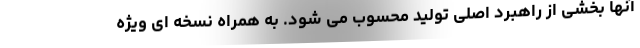
آنها بخشی از راهبرد اصلی تولید محسوب می شود. به همراه نسخه ای ویژه